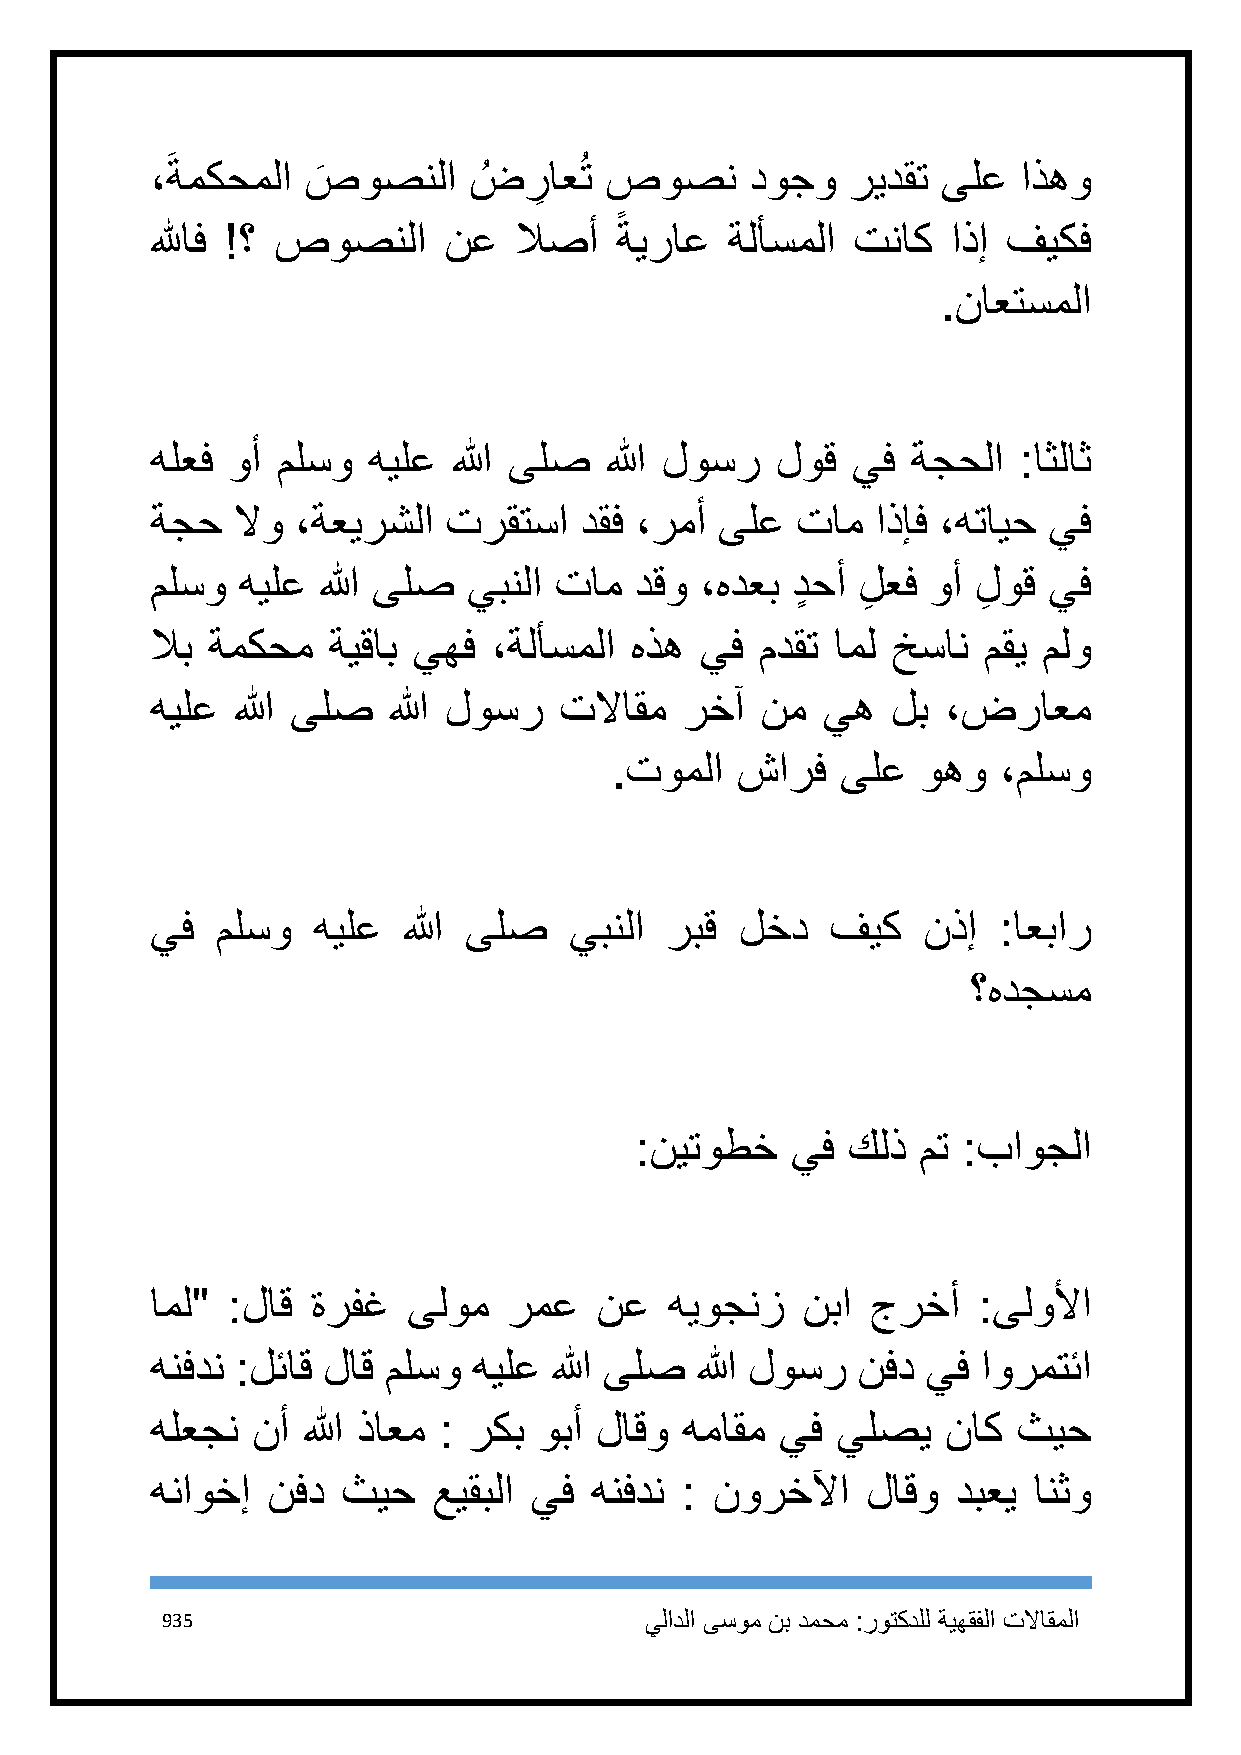
،َ ةمكحملا ص
 َ
 وصنلا  ضُ  ر
 ِ
 اعُت صوصن     دوجو  ريدقت ىلع   اذهو
 ً
 للهاف !؟ صوصنلا    نع   لاصأ   ةيراع  ةلأسملا تناك   اذإ فيكف
 .ناعتسملا
 هلعف وأ ملسو  هيلع  الله ىلص  الله لوسر  لوق  يف  ةجحلا  :اثلاث
 ةجح  لاو  ،ةعيرشلا ترقتسا   دقف ،رمأ  ىلع  تام  اذإف ،هتايح يف
 ملسو  هيلع الله ىلص  يبنلا تام  دقو ،هدعب دٍ حأ لِ عف وأ لِ وق يف
 لاب ةمكحم   ةيقاب يهف  ،ةلأسملا هذه يف  مدقت امل خسان  مقي ملو
 هيلع الله ىلص   الله لوسر  تلااقم  رخآ  نم  يه   لب  ،ضراعم
 .توملا   شارف   ىلع  وهو  ،ملسو
 يف  ملسو   هيلع  الله ىلص   يبنلا ربق  لخد   فيك   نذإ  :اعبار
 ؟هدجسم
 :نيتوطخ   يف  كلذ  مت :باوجلا
 امل" :لاق  ةرفغ  ىلوم   رمع  نع   هيوجنز   نبا  جرخأ   :ىلولأا
 هنفدن :لئاق لاق ملسو هيلع  الله ىلص الله لوسر  نفد يف  اورمتئا
 هلعجن  نأ الله ذاعم : ركب وبأ لاقو هماقم  يف يلصي    ناك ثيح
 هناوخإ  نفد  ثيح   عيقبلا يف هنفدن : نورخلآا   لاقو  دبعي انثو
 935                             يلادلا ىسوم نب دمحم :روتكدلل ةيهقفلا تلااقملا